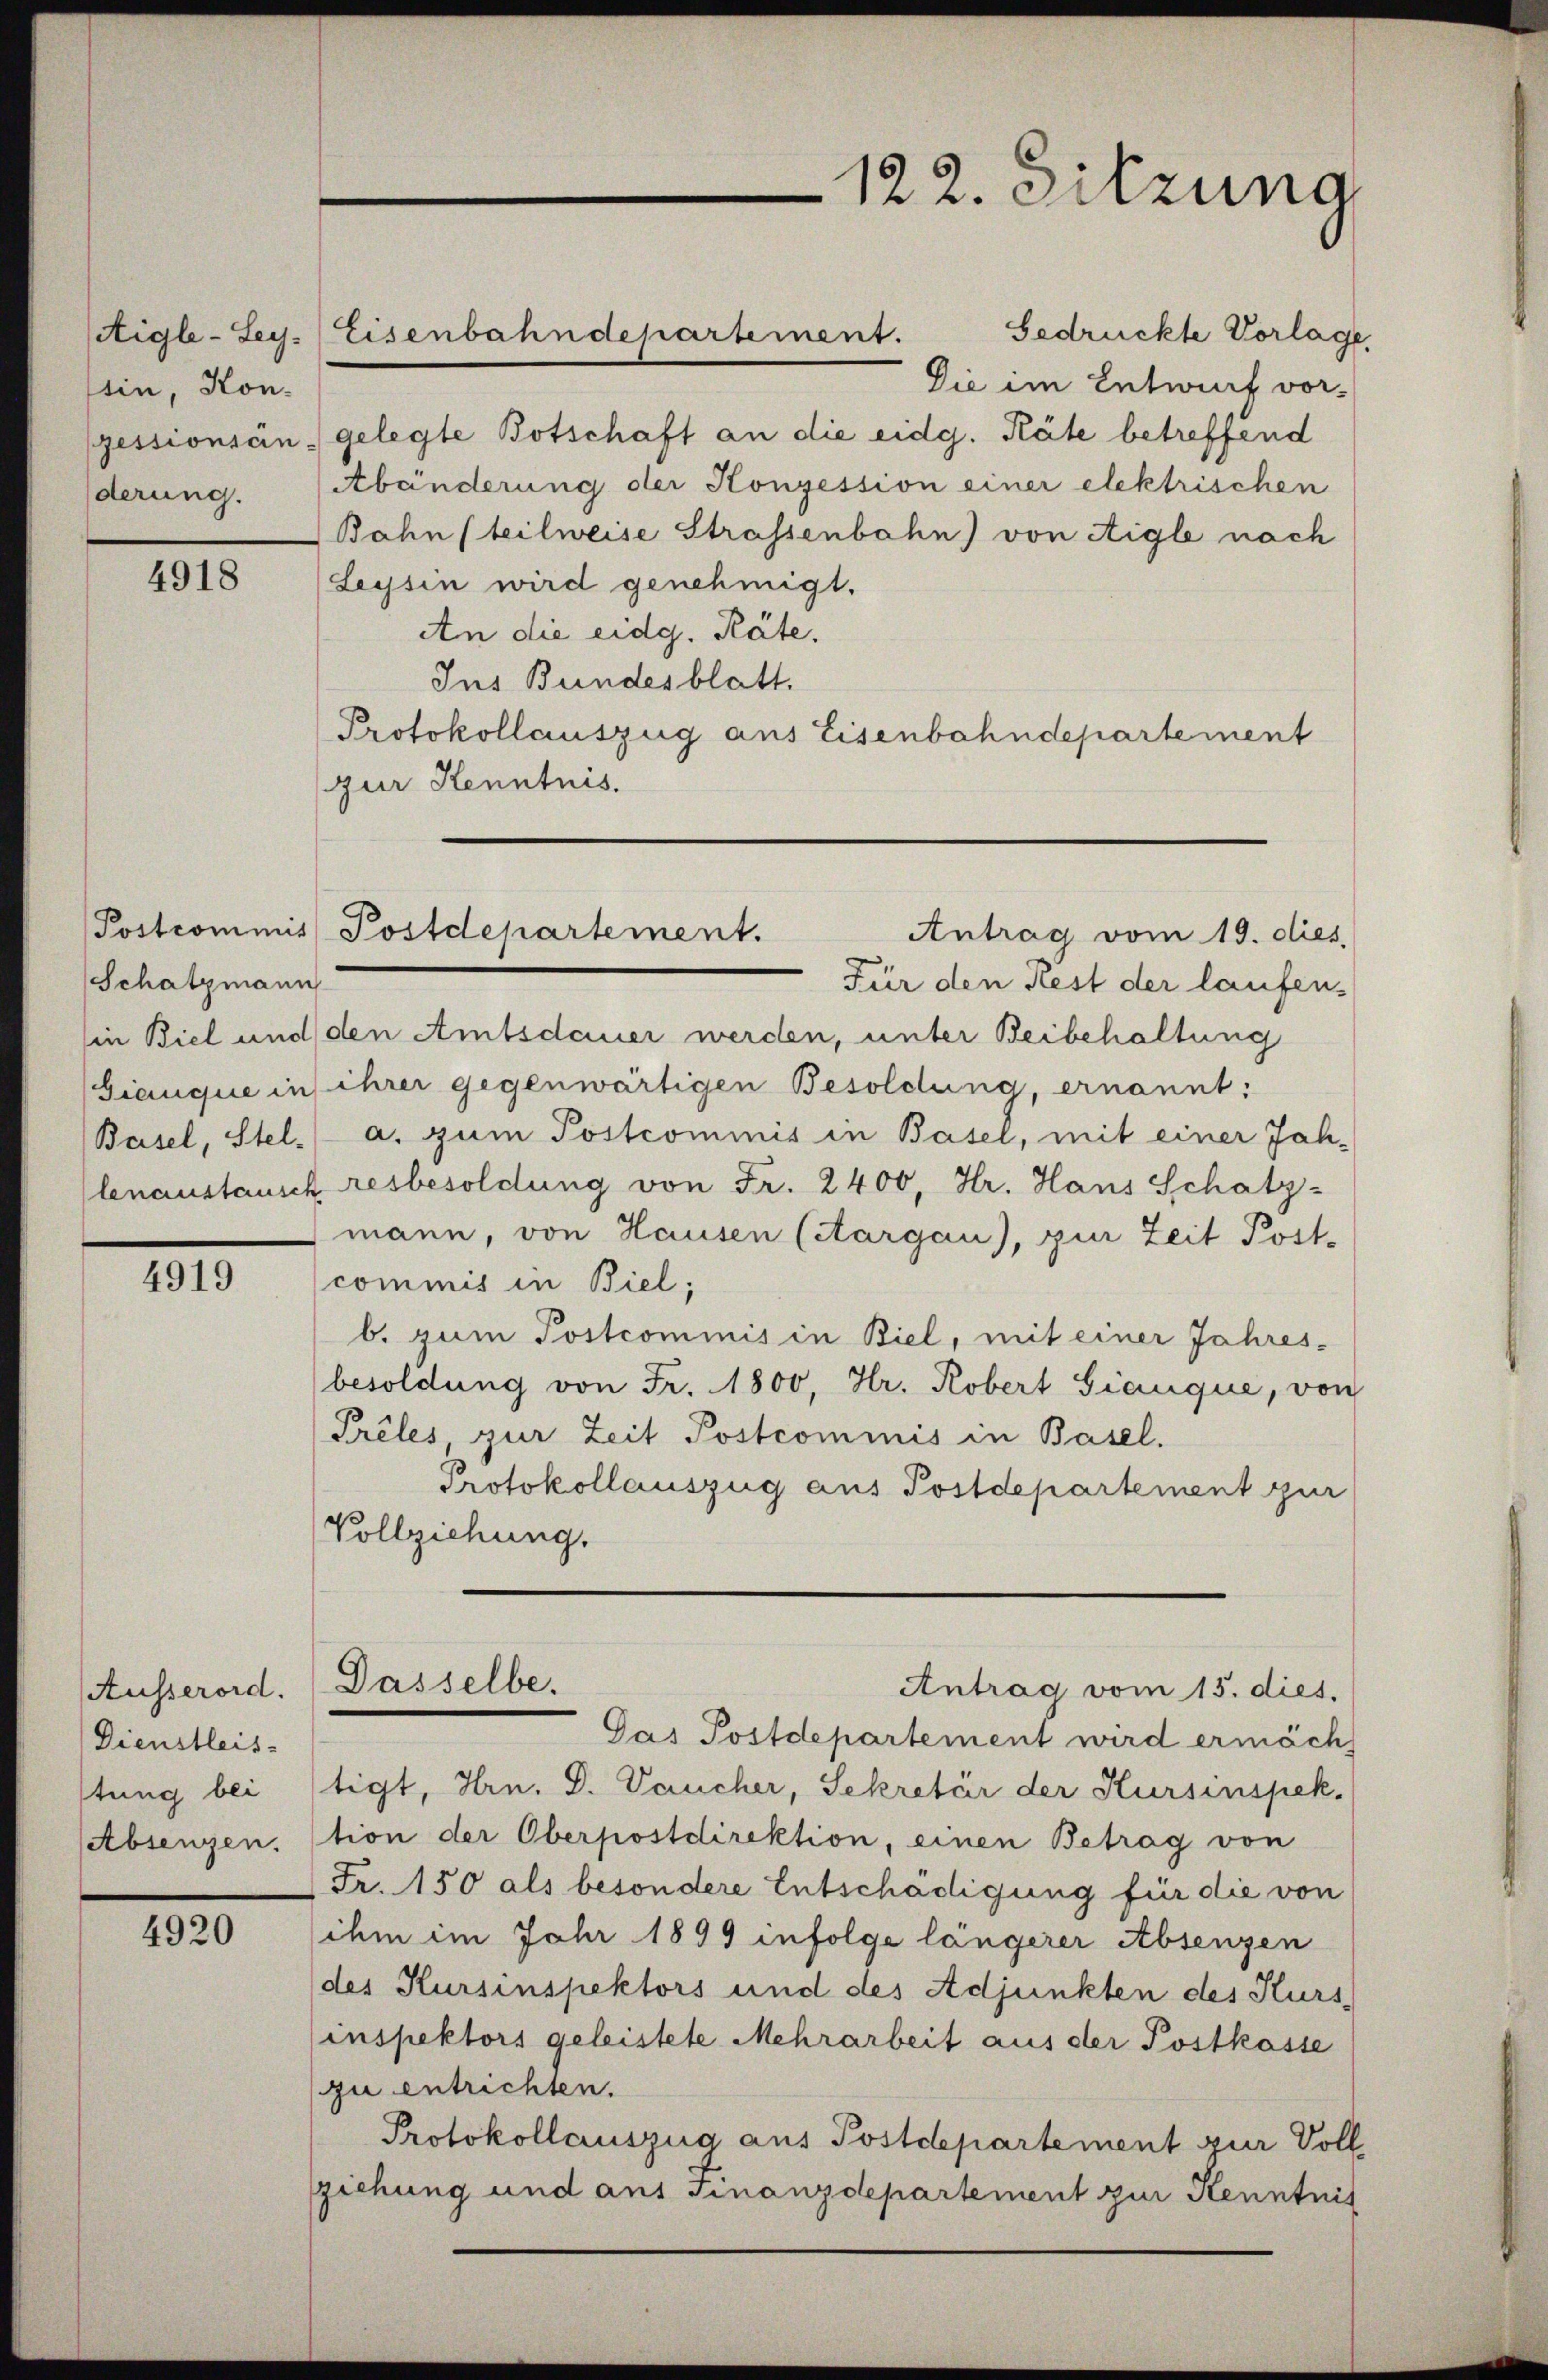
Aigle - Ley.
tin, Kon-
pessionsanderung.

4918

Schatzmann
Basel, Stel-

4919

Ausserord.
Dienstleis
stung bei
(Absenzen.

4920

Die im Entwurf vor-
gelegte Botschaft an die eidg. Räte betreffend
Abänderung der Konzession einer elektrischen
Bahn (teilweise Strassenbahn) von Aigle nach
Leysin wird genehmigt.
An die eidg. Räte.
Ins Bundesblatt.
Protokollauszug aus Eisenbahndepartement
zur Kenntnis.

Eisenbahndepartement. Gedrückte Vorlage

Postcommis Postdepartement.

122. Sitzung

Antrag vom 19. dies
Für den Rest der laufen-
in Biel und den Amtsdauer werden, unter Beibehaltung
Gianque in ihrer gegenwärtigen Besoldung, ernannt:
a. zum Postcommis in Basel, mit einer Jahlenaustausch resbesoldung von Fr. 2400, Hr. Hans Schatz-
mann, von Hausen (Aargau), zur Zeit Post-
commis in Biel;
b. zum Postcommis in Biel, mit einer Jahres-
besoldung von Fr. 1800, Hr. Robert Gianque, von
Prêles zur Zeit Postcommis in Basel.
Protokollauszug aus Postdepartement zur
Vollziehung.
Dasselbe.
Antrag vom 15. dies.
Gas Postdepartement wird ermäch
tigt, Hrn. D. Dancher, Sekretär der Kursinspek
tion der Oberpostdirektion, einen Betrag von
Fr. 150 als besondere Entschädigung für die von
ihm im Jahr 1899 infolge längerer Absenzen
des Kursinspektors und des Adjunkten des Kurs,
inspektors geleistete Mehrarbeit aus der Postkasse
zu entrichten.
Protokollauszug aus Postdepartement zur Voll
sziehung und aus Finanzdepartement zur Kenntnis